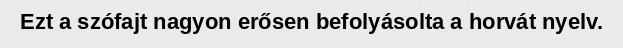
Ezt a szófajt nagyon erősen befolyásolta a horvát nyelv.